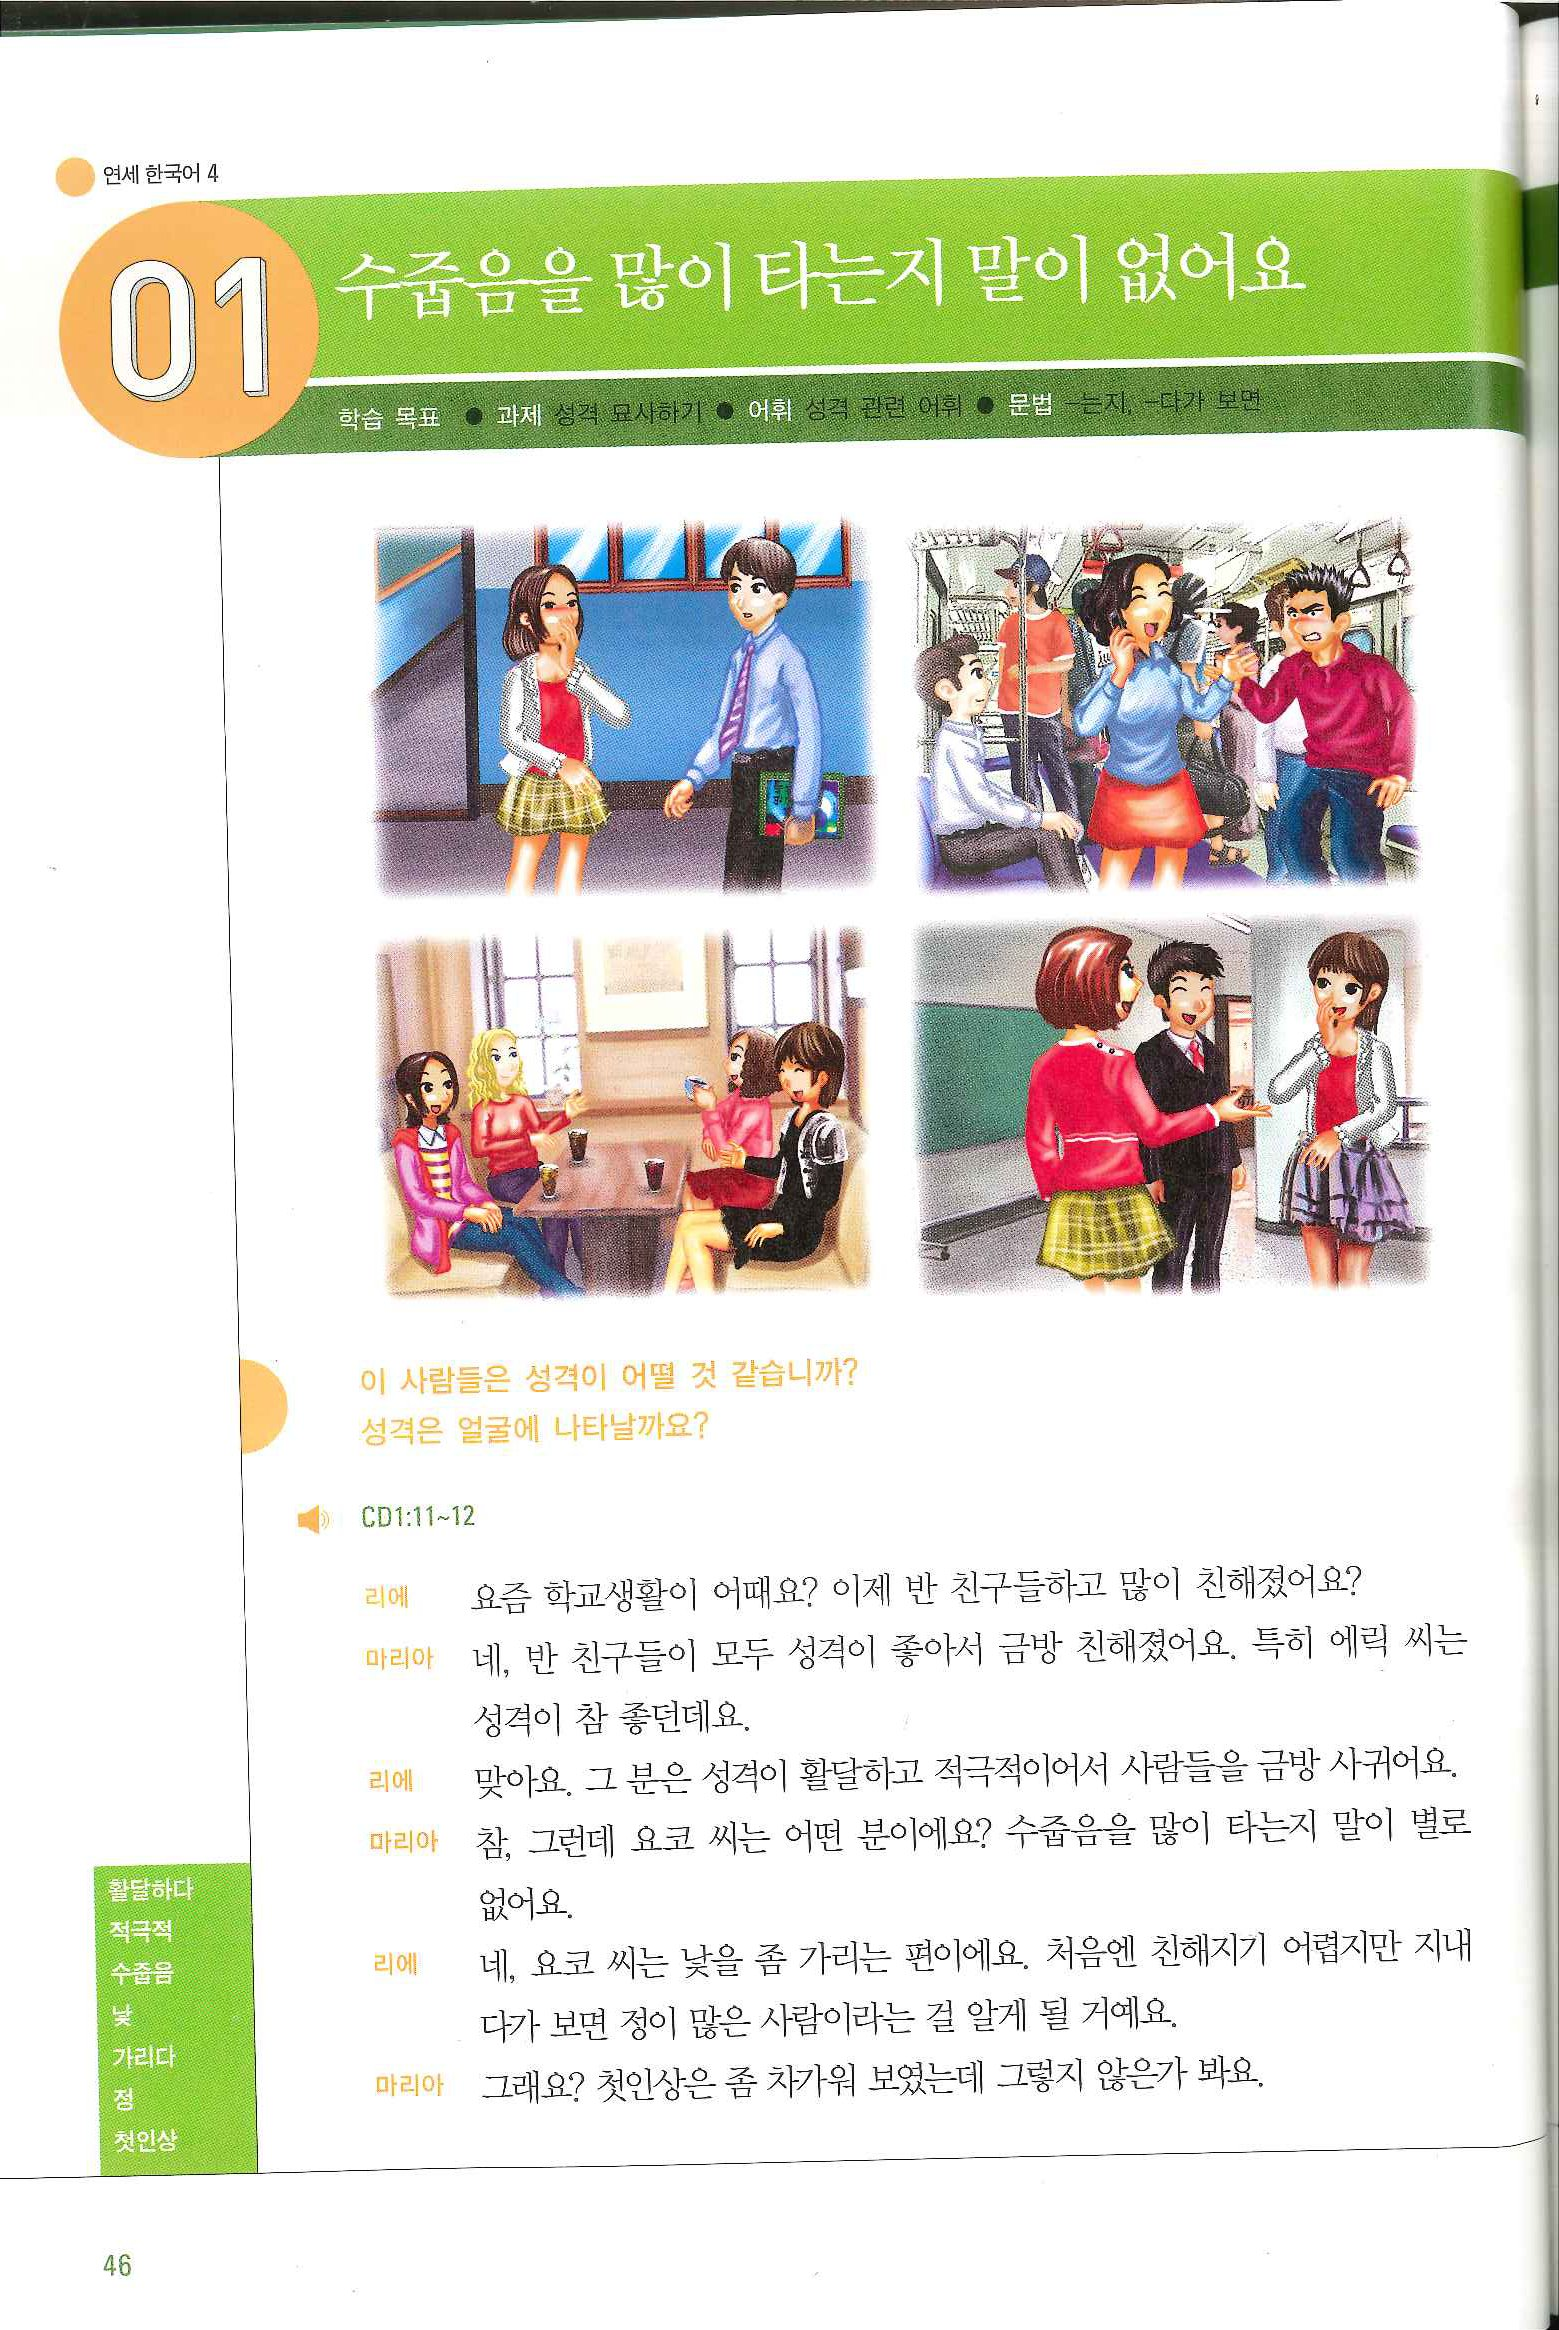
Language: ko